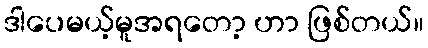
ဒါပေမယ့်မူအရတော့ ဟာ ဖြစ်တယ်။